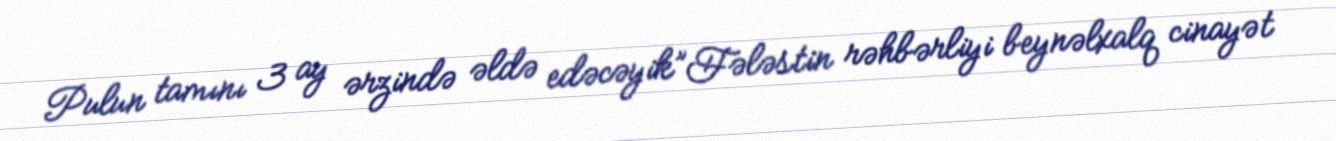
Pulun tamını 3 ay ərzində əldə edəcəyik”Fələstin rəhbərliyi beynəlxalq cinayət